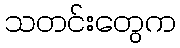
သတင်းတွေက